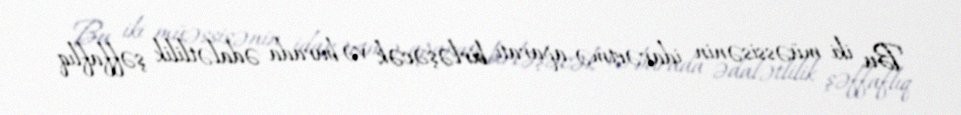
Bu iki müəssisənin idarəetmə aparatı birləşəcək və burada ədalətlilik şəffaflıq